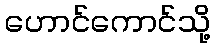
ဟောင်ကောင်သို့